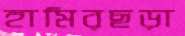
হামিরছড়া